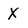
Character: X